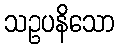
သဥပနိသော